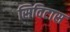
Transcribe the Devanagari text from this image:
सिविटास